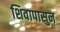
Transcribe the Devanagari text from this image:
शिवापासुन